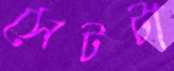
সেটটা